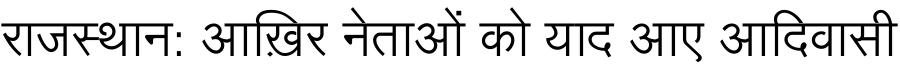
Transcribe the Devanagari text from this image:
राजस्थान: आख़िर नेताओं को याद आए आदिवासी